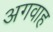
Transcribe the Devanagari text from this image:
अगवाह